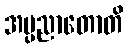
အပ္ပညာတောတိ